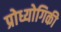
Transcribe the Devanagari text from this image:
प्रोध्योगिकी